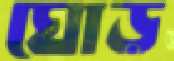
ঘোড়